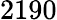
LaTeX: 2190